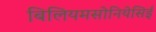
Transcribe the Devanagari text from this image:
बिलियमसोनियेसिई